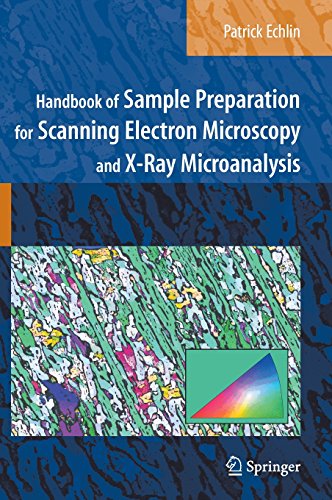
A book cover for Handbook of Sample Preparation for Scanning Electron Microscopy and X-Ray Microanalysis; Patrick Echlin; Science & Math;